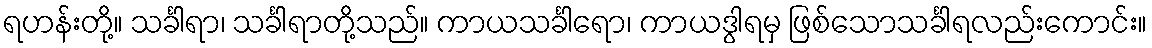
ရဟန်းတို့။ သင်္ခါရာ၊ သင်္ခါရာတို့သည်။ ကာယသင်္ခါရော၊ ကာယဒွါရမှ ဖြစ်သောသင်္ခါရလည်းကောင်း။